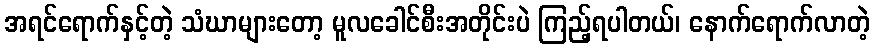
အရင်ရောက်နှင့်တဲ့ သံဃာများတော့ မူလခေါင်စီးအတိုင်းပဲ ကြည့်ရပါတယ်၊ နောက်ရောက်လာတဲ့